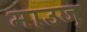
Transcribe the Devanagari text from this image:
माउज़